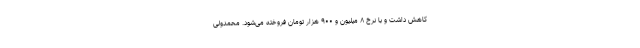
کاهش داشت و با نرخ ۸ میلیون و ۹۰۰ هزار تومان فروخته می‌شود. محمدولی